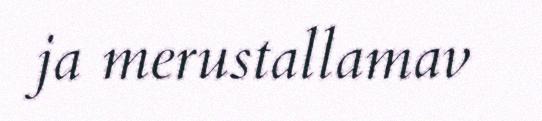
ja merustallamav